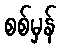
စစ်မှန်